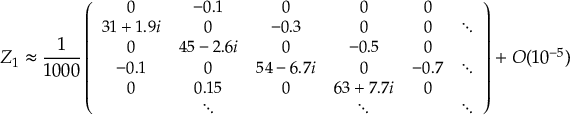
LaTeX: { \cal Z } _ { 1 } \approx { \frac { 1 } { 1 0 0 0 } } \left( { \small \begin{array} { c c c c c c } { { 0 } } & { { - 0 . 1 } } & { { 0 } } & { { 0 } } & { { 0 } } & { { } } \\ { { 3 1 + 1 . 9 i } } & { { 0 } } & { { - 0 . 3 } } & { { 0 } } & { { 0 } } & { { \ddots } } \\ { { 0 } } & { { 4 5 - 2 . 6 i } } & { { 0 } } & { { - 0 . 5 } } & { { 0 } } & { { } } \\ { { - 0 . 1 } } & { { 0 } } & { { 5 4 - 6 . 7 i } } & { { 0 } } & { { - 0 . 7 } } & { { \ddots } } \\ { { 0 } } & { { 0 . 1 5 } } & { { 0 } } & { { 6 3 + 7 . 7 i } } & { { 0 } } & { { } } \\ { { } } & { { \ddots } } & { { } } & { { \ddots } } & { { } } & { { \ddots } } \end{array} } \right) + { \cal O } ( 1 0 ^ { - 5 } )